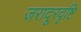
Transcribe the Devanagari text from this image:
जरादूरदृष्टि